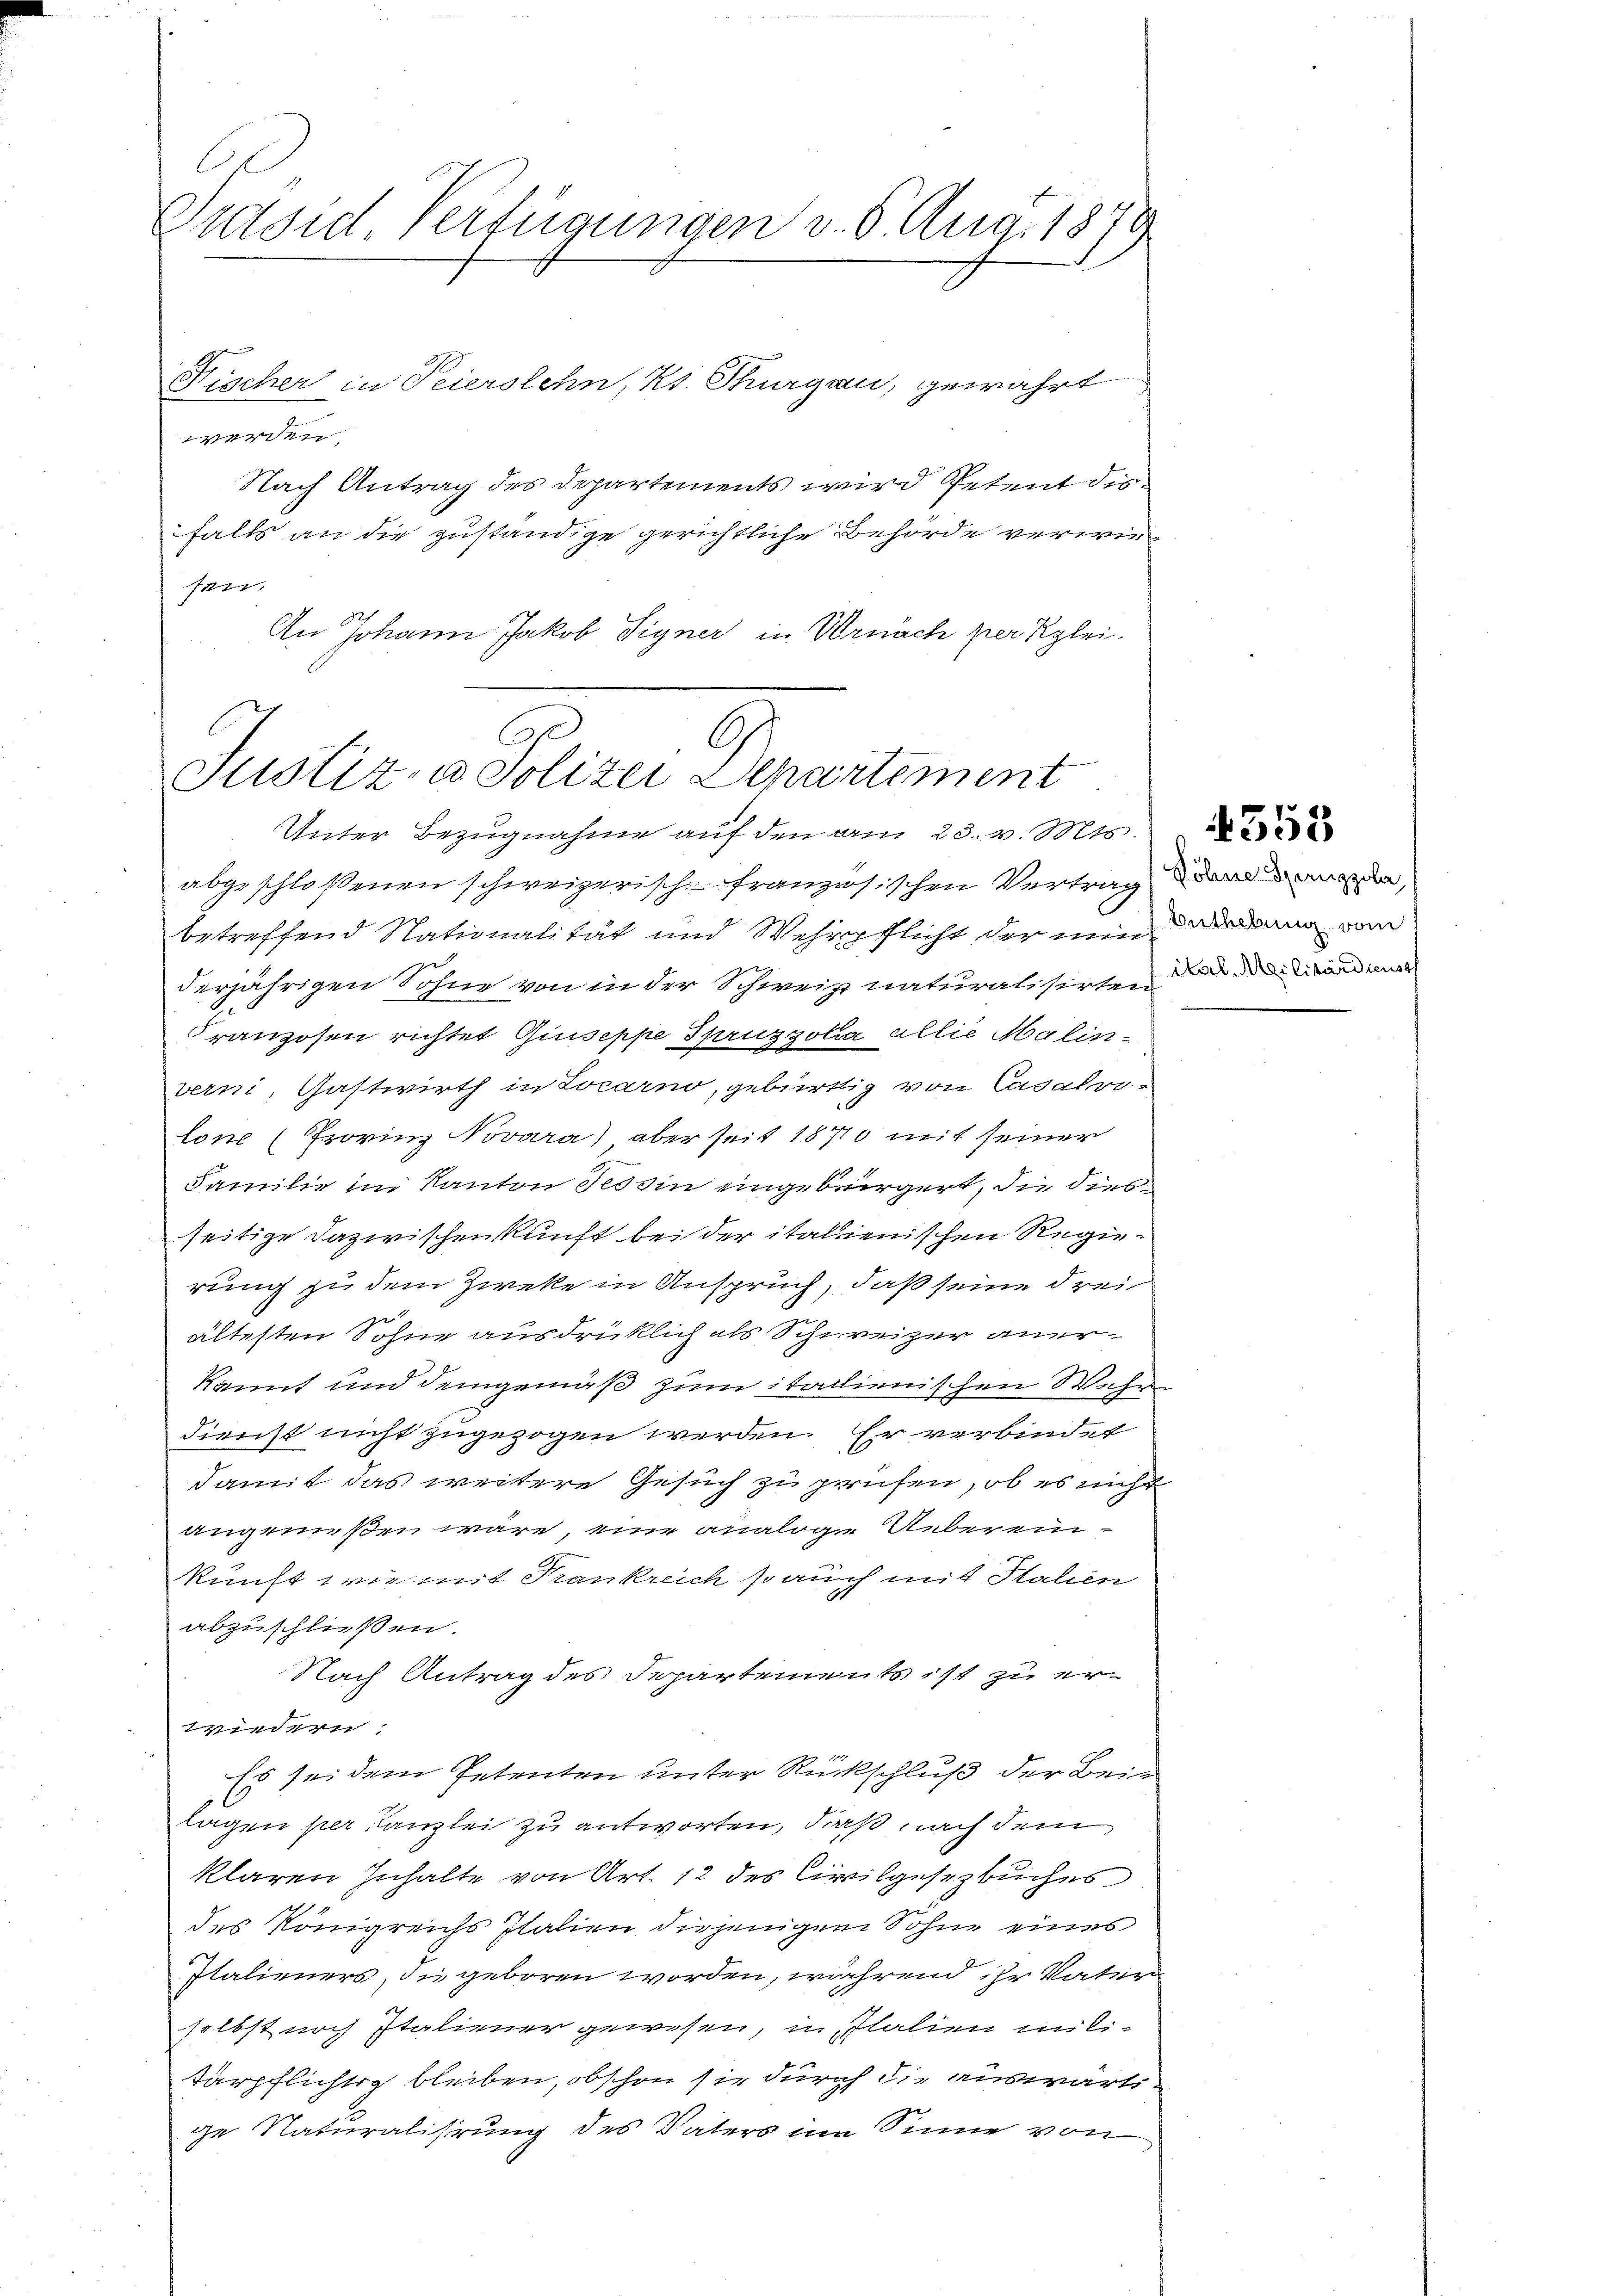
Putsid. Verfügungen v. 6. Aug. 1879

Fischer in Feierstehn, Kt. Thurgau, gewährt
g
Nach Antrag des Departements wird Petent des
falls an die zuständige gerichtliche Behörde verwiesen.
An Johann Jakob Signer in Vornach per Klei¬

C
Justiz- u. Polizei Departement
Unter Bezugnahme auf den am 23. v. Mts.

abgeschloßenen schweizerisch französischen Vertrag
betreffend Nationalität und Wehrpflicht der nun
2
derjährigen Sohne von in der Schweiz naturalisirten di
Franzosen richtet Giuseppe Spruzzolia allie Malinverni, Gastwirth in Locarno, gebürtig von Cavalre
lone (Frovinz Novara) aber seit 1870 mit seiner
Familie im Kanton Tessin eingebirgert, die diesseitige Dazwischenkunft bei der italienischen Regierung zu dem Zweke in Anspruch, daß seine drei
ältesten Sohne ausdrücklich als Schweizer anerkannt und demgemäß zum italienischen Wahr
dienst nicht zugezogen werden. Er verbindet
damit das weitere Gesuch zu prüfen, ob es nicht
angenießen wäre, eine analoge Uebereinkunft wie mit Krankreich so auch mit Stalien
abzuschließen.
Nach Antrag des Departements ist zu erwiedern:
Es sei dem Petenten unter Rückschluß der Bein
lagen per Kanzlei zu antworten, daß nach dem
klaren Inhalte von Art. 12 des Civilgesezbuches
des Königreichs Italien diejenigen Sohne eines
Italieners, die geboren worden, während ihr Vater
selbsturch Italiener gewesen, in Italien militärpflichtig bleiben, obschon sie durch die auswärtige Naturalisirung des Vaters im Sinne von

Söhne Spurenzzoler,
Enthebung vom

558